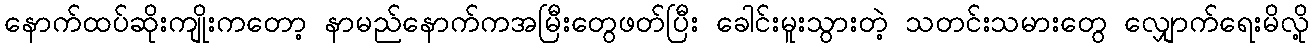
နောက်ထပ်ဆိုးကျိုးကတော့ နာမည်နောက်ကအမြီးတွေဖတ်ပြီး ခေါင်းမူးသွားတဲ့ သတင်းသမားတွေ လျှောက်ရေးမိလို့